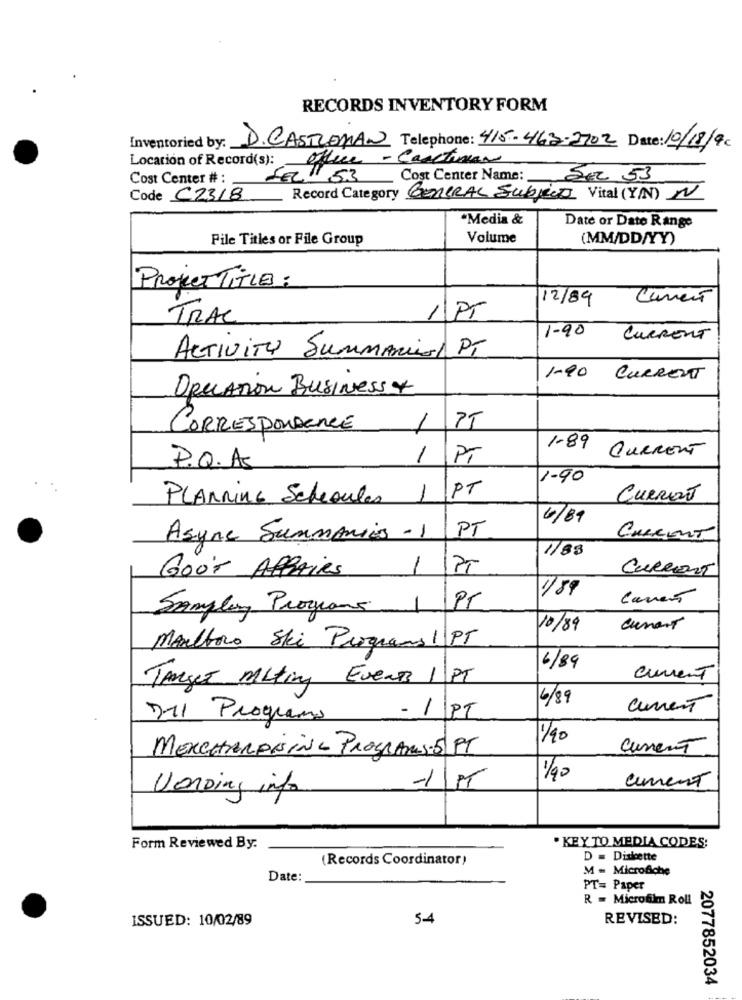
RECORDS INVENTORY FORM
Inventoried by:
D.CASTROMAN Telephone: 415-463-2702 Date: 10/18/9€
Location of Record(s):
office - Caactivar
Cost Center # :
FEL53 Cost Center Name:
SEL 53
Code C2318
Record Category GENERAL Subjects Vital (Y/N) N
"Media &
Date or Date Range
Pile Titles or File Group
Volume
(MM/DD/YY)
Projet TITLE:
12/89
Current
1PT
TRAC
1-90
CURRENT
ACTIVITY Summariesl PT
1-90 CURRENT
Operation Business &
CORRESPONDENCE
1
1-89 CURRENT
1
PT
P.Q.AS
1.90
PLANRing Scheoules
1
PT
CURRENT
6/89
Async Summaries - 1
PT
CURRENT
1/88
Goor AFFAIRS
1
CURRENT
189
Current
Sampley Programs
PT
10/89
current
Marlboro Ski Programs 1 PT
6/89
Target Miting Events 1 PT
current
6/89
current
211 Programs
- 1 PT
1/40
current
MERCHANDISING PROGRAMS-5 PT
1/90
current
-1/PT
VorDing info
·KEY TO MEDIA CODES:
Form Reviewed By.
(Records Coordinator)
D = Diskette
M = Microfiche
Date:
PT= Paper
R = Microfilm Roll
ISSUED: 10/02/89
54
REVISED:
2077852034